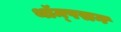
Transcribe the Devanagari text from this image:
थॉम्‍पसन